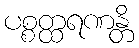
ပစ္စတ္ထရဏန္တိ